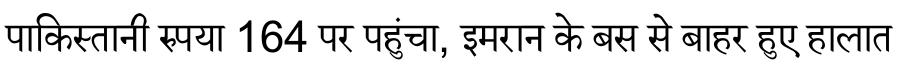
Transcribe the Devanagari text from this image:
पाकिस्तानी रुपया 164 पर पहुंचा, इमरान के बस से बाहर हुए हालात